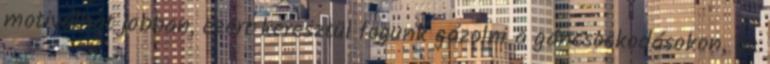
motiválhat jobban, ezért keresztül fogunk gázolni a gáncsoskodásokon, az